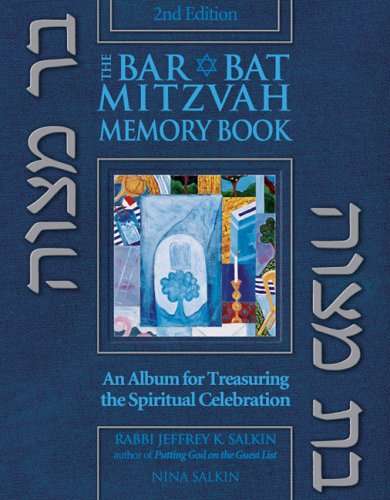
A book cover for Bar/Bat Mitzvah Memory Book: An Album for Treasuring the Spiritual Celebration; Rabbi Jeffrey K. Salkin; Teen & Young Adult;